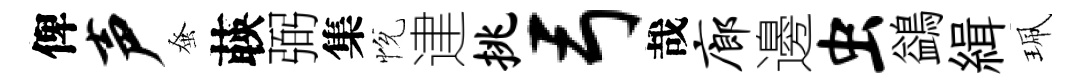
俾声𫊫𦴤弼集恱䢖挑弓哉廊邊虫鷁緝珮